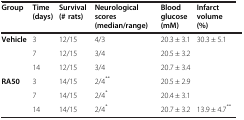
<table><thead><tr><td><b>Group</b></td><td><b>Time (days)</b></td><td><b>Survival (# rats)</b></td><td><b>Neurological scores (median/range)</b></td><td><b>Blood glucose (mM)</b></td><td><b>Infarct volume (%)</b></td></tr></thead><tbody><tr><td rowspan="3"><b>Vehicle</b></td><td>3</td><td>12/15</td><td>4/3</td><td>20.3 ± 3.1</td><td rowspan="3">30.3 ± 5.1</td></tr><tr><td>7</td><td>12/15</td><td>3/4</td><td>20.5 ± 3.2</td></tr><tr><td>14</td><td>12/15</td><td>3/4</td><td>20.7 ± 3.4</td></tr><tr><td rowspan="3"><b>RA50</b></td><td>3</td><td>14/15</td><td>2/4<sup>**</sup></td><td>20.5 ± 2.9</td><td> </td></tr><tr><td>7</td><td>14/15</td><td>2/4<sup>*</sup></td><td>20.4 ± 3.1</td><td> </td></tr><tr><td>14</td><td>14/15</td><td>2/4<sup>*</sup></td><td>20.7 ± 3.2</td><td>13.9 ± 4.7<sup>**</sup></td></tr></tbody></table>